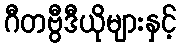
ဂီတဗွီဒီယိုများနှင့်